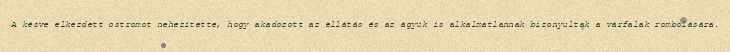
A késve elkezdett ostromot nehezítette, hogy akadozott az ellátás és az ágyúk is alkalmatlannak bizonyultak a várfalak rombolására.